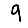
Digit: 9